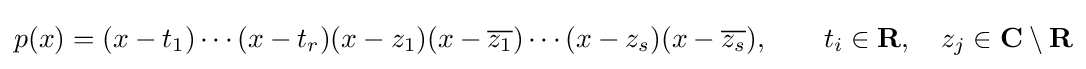
p(x)=(x-t_{1})\cdots (x-t_{r})(x-z_{1})(x-{\overline {z_{1}}})\cdots (x-z_{s})(x-{\overline {z_{s}}}),\qquad t_{i}\in \mathbf {R} ,\quad z_{j}\in \mathbf {C} \setminus \mathbf {R}